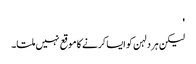
'
لیکن ہر دلہن کو ایسا کرنے کا موقع نہیں ملتا۔